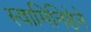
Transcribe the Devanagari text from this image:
स्वामिनिष्ठेने